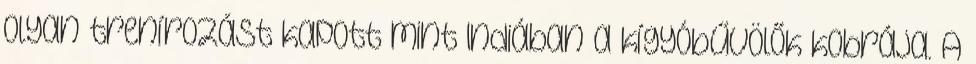
olyan trenírozást kapott mint Indiában a kígyóbűvölők kobrája. A